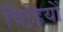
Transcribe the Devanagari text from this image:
चिडि़यों